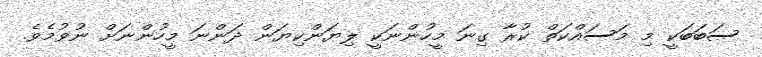
ސަބަބަކީ މި މަސައްކަތް ކުރާ ގިނަ މީހުންނަކީ ލިޔަންކިޔަން ދަންނަ މީހުންނަށް ނުވުމެވެ.